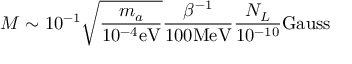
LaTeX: M \sim 1 0 ^ { - 1 } \sqrt { \frac { m _ { a } } { 1 0 ^ { - 4 } \mathrm { e V } } } \frac { \beta ^ { - 1 } } { 1 0 0 \mathrm { M e V } } \frac { N _ { L } } { 1 0 ^ { - 1 0 } } \mathrm { G a u s s }